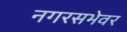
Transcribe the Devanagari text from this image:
नगरसभेवर